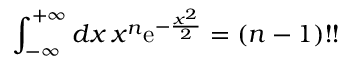
\int _ { - \infty } ^ { + \infty } d x \, x ^ { n } \mathrm { e } ^ { - \frac { x ^ { 2 } } { 2 } } = ( n - 1 ) ! !